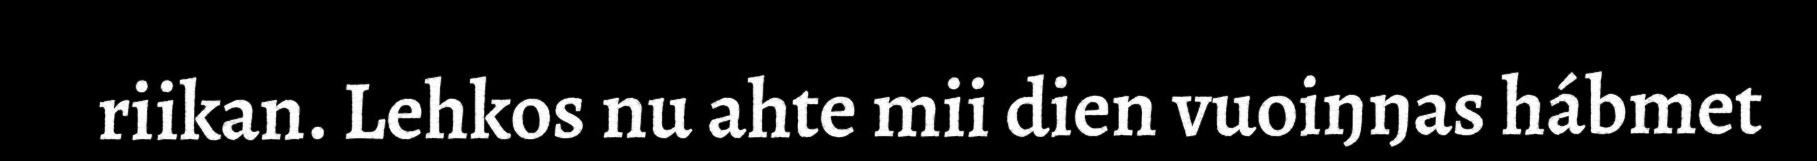
riikan. Lehkos nu ahte mii dien vuoiŋŋas hábmet